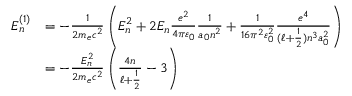
{ \begin{array} { r l } { E _ { n } ^ { ( 1 ) } } & { = - { \frac { 1 } { 2 m _ { e } c ^ { 2 } } } \left( E _ { n } ^ { 2 } + 2 E _ { n } { \frac { e ^ { 2 } } { 4 \pi \varepsilon _ { 0 } } } { \frac { 1 } { a _ { 0 } n ^ { 2 } } } + { \frac { 1 } { 1 6 \pi ^ { 2 } \varepsilon _ { 0 } ^ { 2 } } } { \frac { e ^ { 4 } } { ( \ell + { \frac { 1 } { 2 } } ) n ^ { 3 } a _ { 0 } ^ { 2 } } } \right) } \\ & { = - { \frac { E _ { n } ^ { 2 } } { 2 m _ { e } c ^ { 2 } } } \left( { \frac { 4 n } { \ell + { \frac { 1 } { 2 } } } } - 3 \right) } \end{array} }